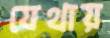
যেথায়